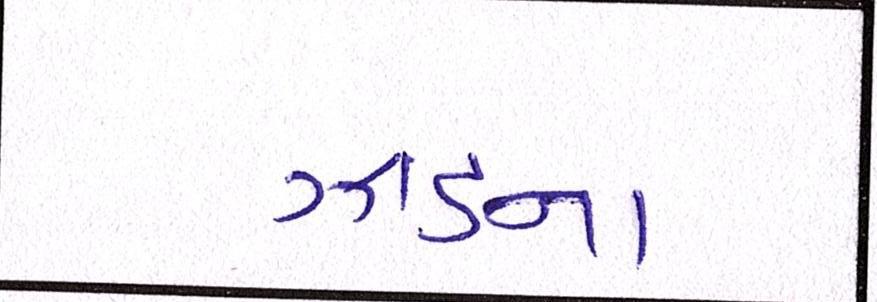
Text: ઝાડના